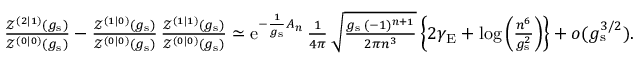
\begin{array} { r } { \frac { \mathcal { Z } ^ { ( 2 | 1 ) } ( g _ { \mathrm { s } } ) } { \mathcal { Z } ^ { ( 0 | 0 ) } ( g _ { \mathrm { s } } ) } - \frac { \mathcal { Z } ^ { ( 1 | 0 ) } ( g _ { \mathrm { s } } ) } { \mathcal { Z } ^ { ( 0 | 0 ) } ( g _ { \mathrm { s } } ) } \, \frac { \mathcal { Z } ^ { ( 1 | 1 ) } ( g _ { \mathrm { s } } ) } { \mathcal { Z } ^ { ( 0 | 0 ) } ( g _ { \mathrm { s } } ) } \simeq { \mathrm { e } } ^ { - \frac { 1 } { g _ { \mathrm { s } } } A _ { n } } \, \frac { 1 } { 4 \pi } \, \sqrt { \frac { g _ { \mathrm { s } } \, ( - 1 ) ^ { n + 1 } } { 2 \pi n ^ { 3 } } } \left\{ 2 \gamma _ { \mathrm { E } } + \log \left( \frac { n ^ { 6 } } { g _ { \mathrm { s } } ^ { 2 } } \right) \right\} + o ( g _ { \mathrm { s } } ^ { 3 / 2 } ) . } \end{array}